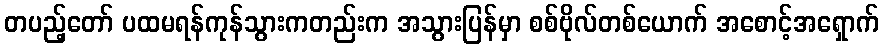
တပည့်တော် ပထမရန်ကုန်သွားကတည်းက အသွားပြန်မှာ စစ်ဗိုလ်တစ်ယောက် အစောင့်အရှောက်